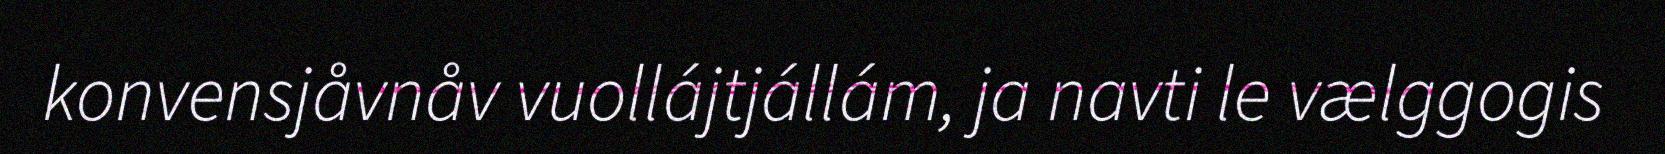
konvensjåvnåv vuollájtjállám, ja navti le vælggogis